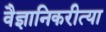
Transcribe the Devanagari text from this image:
वैज्ञानिकरीत्या